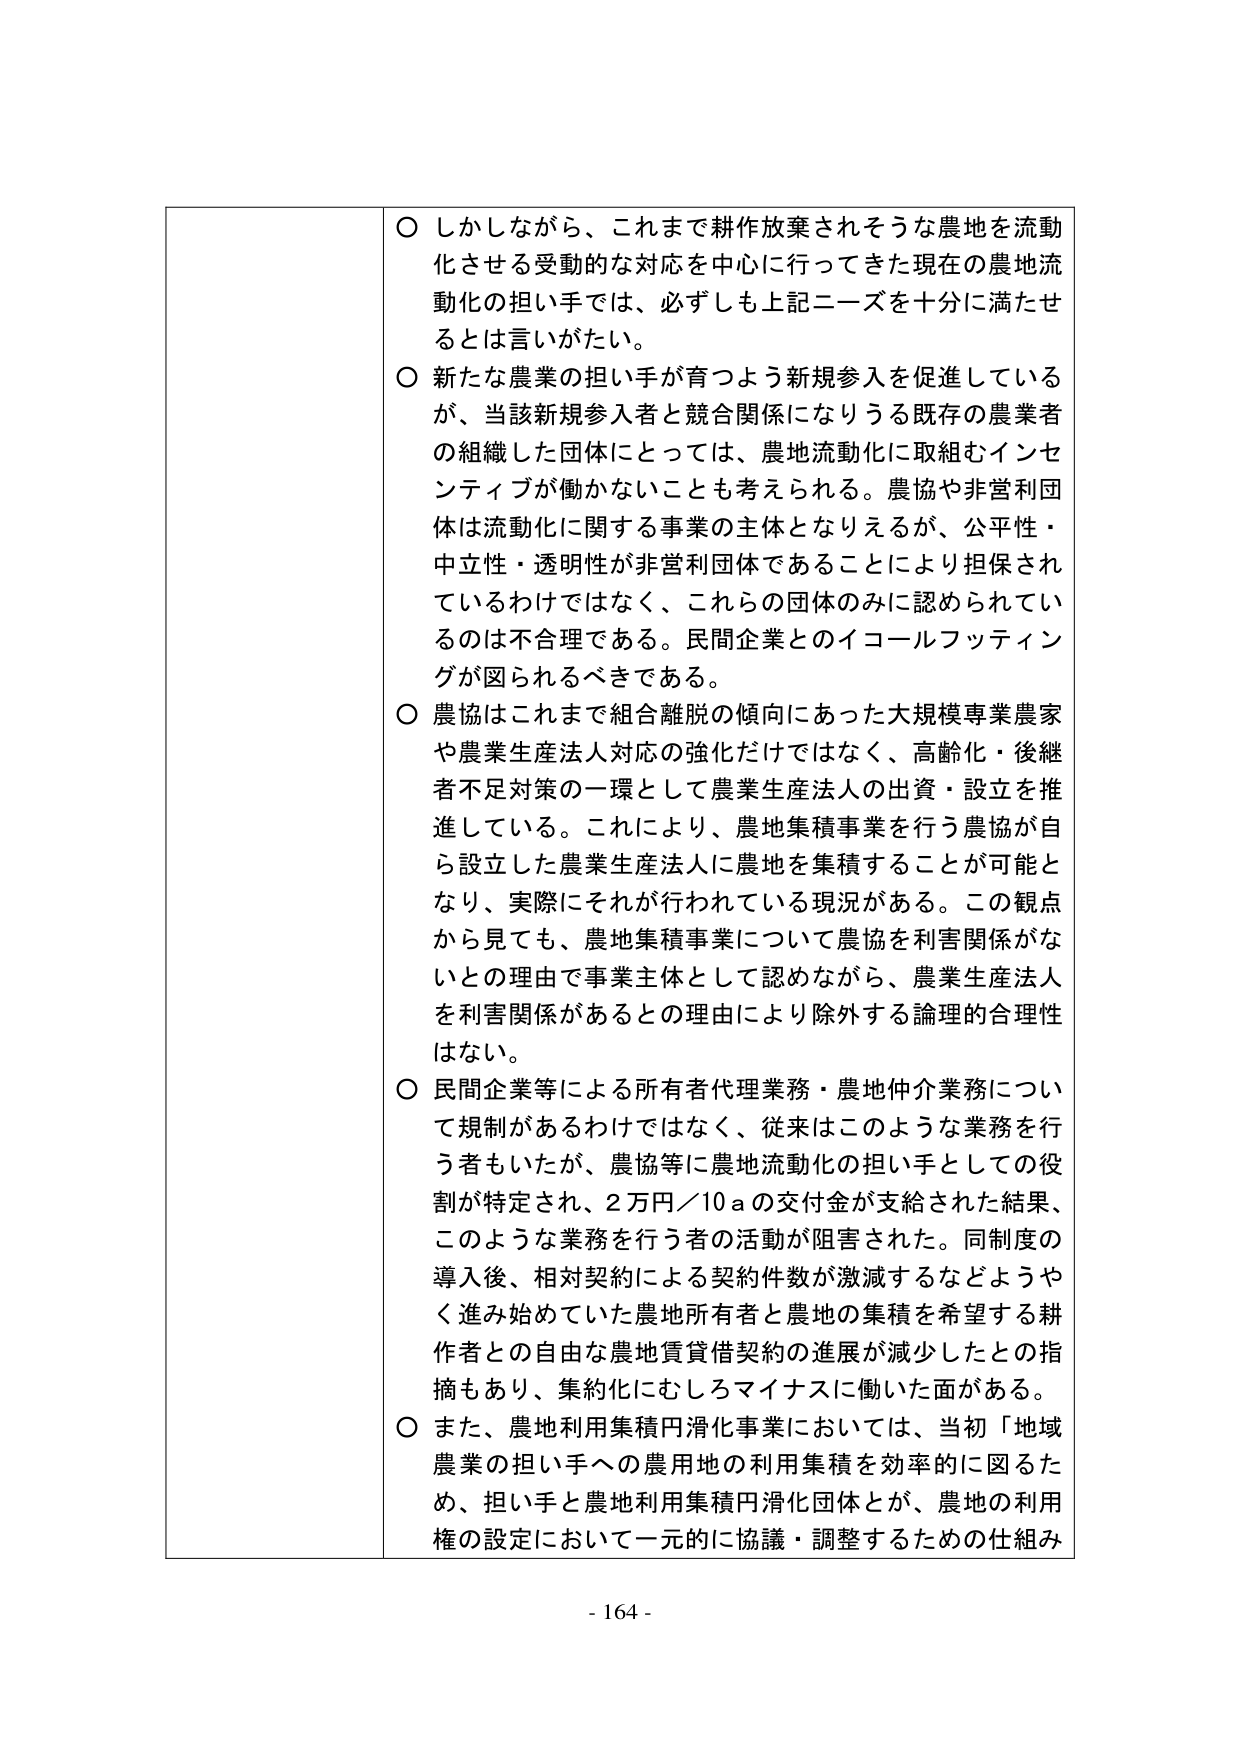
○ しかしながら、これまで耕作放棄されそうな農地を流動化させる受動的な対応を中心に行ってきた現在の農地流動化の担い手では、必ずしも上記ニーズを十分に満たせるとは言いがたい。

○ 新たな農業の担い手が育つよう新規参入を促進しているが、当該新規参入者と競合関係になりうる既存の農業者の組織した団体にとっては、農地流動化に取組むインセンティブが働かないことも考えられる。農協や非営利団体は流動化に関する事業の主体となりえるが、公平性・中立性・透明性が非営利団体であることにより担保されているわけではなく、これらの団体のみに認められているのは不合理である。民間企業とのイコールフッティングが図られるべきである。

○ 農協はこれまで組合離脱の傾向にあった大規模専業農家や農業生産法人対応の強化だけではなく、高齢化・後継者不足対策の一環として農業生産法人の出資・設立を推進している。これにより、農地集積事業を行う農協が自ら設立した農業生産法人に農地を集積することが可能となり、実際にそれが行われている現況がある。この観点から見ても、農地集積事業について農協を利害関係がないとの理由で事業主体として認めながら、農業生産法人を利害関係があるとの理由により除外する論理的合理性はない。

○ 民間企業等による所有者代理業務・農地仲介業務について規制があるわけではなく、従来はこのような業務を行う者もいたが、農協等に農地流動化の担い手としての役割が特定され、2万円／10aの交付金が支給された結果、このような業務を行う者の活動が阻害された。同制度の導入後、相対契約による契約件数が激減するなどようやく進み始めていた農地所有者と農地の集積を希望する耕作者との自由な農地賃貸借契約の進展が減少したとの指摘もあり、集約化にむしろマイナスに働いた面がある。

○ また、農地利用集積円滑化事業においては、当初「地域農業の担い手への農用地の利用集積を効率的に図るため、担い手と農地利用集積円滑化団体とが、農地の利用権の設定において一元的に協議・調整するための仕組み

- 164 -